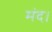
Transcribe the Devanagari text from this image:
मंद।